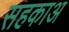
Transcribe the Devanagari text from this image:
सहकाअ